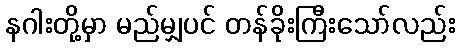
နဂါးတို့မှာ မည်မျှပင် တန်ခိုးကြီးသော်လည်း